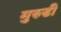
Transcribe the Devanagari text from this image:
मुरुडी